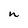
Character: n